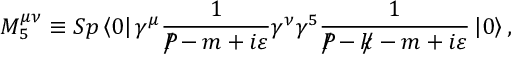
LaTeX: M _ { 5 } ^ { \mu \nu } \equiv S p \left\langle 0 \right| \gamma ^ { \mu } \frac { 1 } { { \cal P } \! \! \! \! / - m + i \varepsilon } \gamma ^ { \nu } \gamma ^ { 5 } \frac { 1 } { { \cal P } \! \! \! \! / - k \! \! \! / - m + i \varepsilon } \left| 0 \right\rangle ,